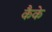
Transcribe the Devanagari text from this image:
कैके